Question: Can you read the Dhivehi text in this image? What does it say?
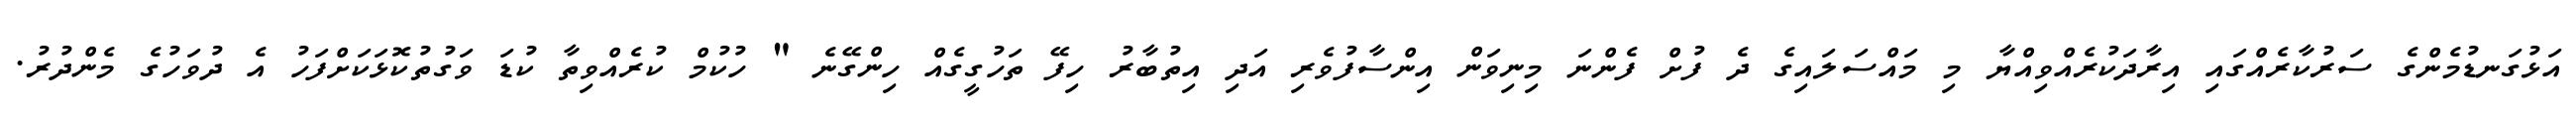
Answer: އަޅުގަނޑުމެންގެ ސަރުކާރެއްގައި އިރާދަކުރެއްވިއްޔާ މި މައްސަލައިގެ ދެ ފުށް ފެންނަ މިނިވަން އިންސާފުވެރި އަދި އިތުބާރު ހިފޭ ތަހުގީގެއް ހިންގޭނެ " ހުކުމް ކުރެއްވިތާ ކުޑަ ވަގުތުކޮޅަކަށްފަހު އެ ދުވަހުގެ މެންދުރު.